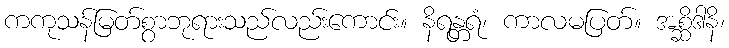
ကကုသန်မြတ်စွာဘုရားသည်လည်းကောင်း။ နိရန္တရံ၊ ကာလမပြတ်။ အစ္ဆိဒါနိ၊